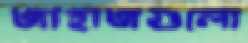
জাহাজগুলো